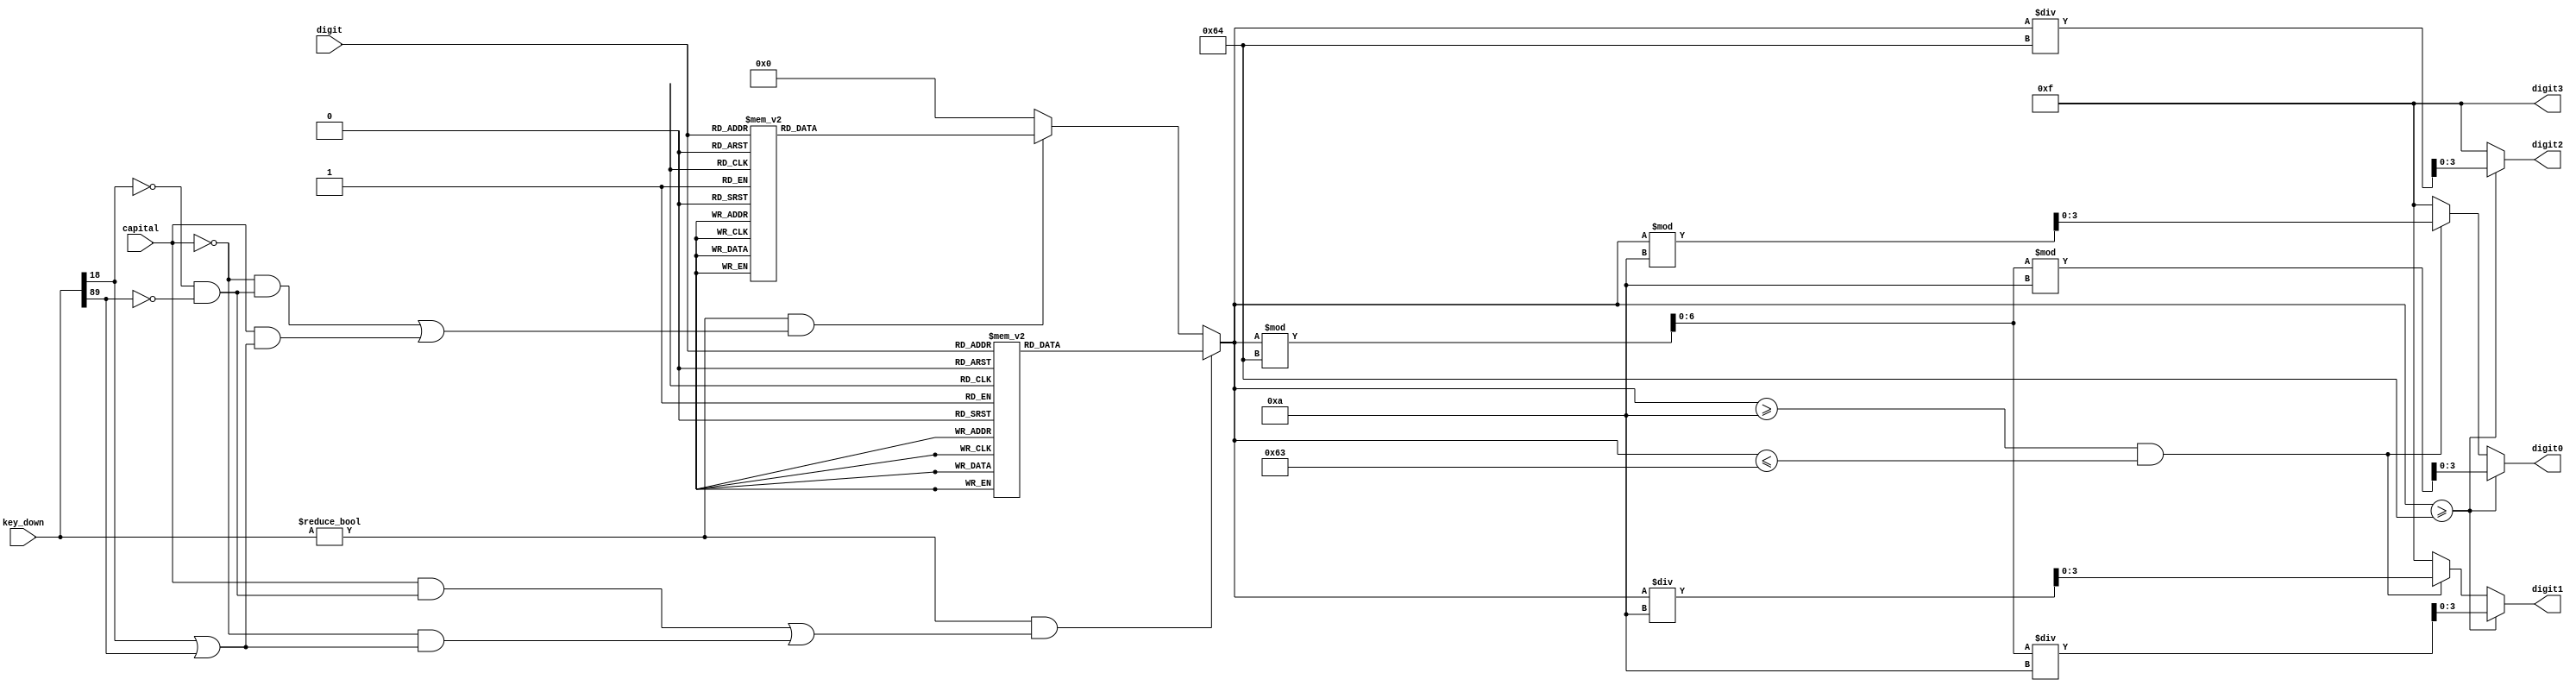
module MUX(
    digit0,
    digit1,
    digit2,
    digit3,
    digit,
    key_down,
    capital
);
output [3:0] digit0, digit1, digit2, digit3;
input [4:0] digit;
input [511:0] key_down;
input capital;
reg [3:0] digit0, digit1, digit2, digit3;
reg [6:0] value, val_cal;

always@*
    if (key_down != 0 && (capital && (~key_down[18] && ~key_down[89]) || ~capital && (key_down[18] || key_down[89])))   //capital case
    begin
        case(digit)
            5'd0:  value=7'd65;
            5'd1:  value=7'd66;
            5'd2:  value=7'd67;
            5'd3:  value=7'd68;
            5'd4:  value=7'd69;
            5'd5:  value=7'd70;
            5'd6:  value=7'd71;
            5'd7:  value=7'd72;
            5'd8:  value=7'd73;
            5'd9:  value=7'd74;
            5'd10: value=7'd75;
            5'd11: value=7'd76;
            5'd12: value=7'd77;
            5'd13: value=7'd78;
            5'd14: value=7'd79;
            5'd15: value=7'd80;
            5'd16: value=7'd81;
            5'd17: value=7'd82;
            5'd18: value=7'd83;
            5'd19: value=7'd84;
            5'd20: value=7'd85;
            5'd21: value=7'd86;
            5'd22: value=7'd87;
            5'd23: value=7'd88;
            5'd24: value=7'd89;
            5'd25: value=7'd90;
            default: value=7'd0;
        endcase
    end
    else if (key_down != 0 && (~capital && (~key_down[18] && ~key_down[89]) || capital && (key_down[18] || key_down[89])))  //lower case
    begin
        case(digit)
            5'd0:  value=7'd97;
            5'd1:  value=7'd98;
            5'd2:  value=7'd99;
            5'd3:  value=7'd100;
            5'd4:  value=7'd101;
            5'd5:  value=7'd102;
            5'd6:  value=7'd103;
            5'd7:  value=7'd104;
            5'd8:  value=7'd105;
            5'd9:  value=7'd106;
            5'd10: value=7'd107;
            5'd11: value=7'd108;
            5'd12: value=7'd109;
            5'd13: value=7'd110;
            5'd14: value=7'd111;
            5'd15: value=7'd112;
            5'd16: value=7'd113;
            5'd17: value=7'd114;
            5'd18: value=7'd115;
            5'd19: value=7'd116;
            5'd20: value=7'd117;
            5'd21: value=7'd118;
            5'd22: value=7'd119;
            5'd23: value=7'd120;
            5'd24: value=7'd121;
            5'd25: value=7'd122;
            default: value=7'd0;
        endcase
    end
    else
        value=1'd0; //default value

always@*
    if (value >= 7'd100)
    begin
        digit3 = 4'b1111;
        digit2 = value / 100;
        val_cal = value % 100;
        digit1 = val_cal / 10;
        digit0 = val_cal % 10;
    end
    else if (value >= 7'd10 && value <= 7'd99)
    begin 
        digit3 = 4'b1111;
        digit2 = 4'b1111;
        digit1 = value / 10;
        digit0 = value % 10;
    end
    else    //value = 7'd0
    begin
        digit3 = 4'b1111;
        digit2 = 4'b1111;
        digit1 = 4'b1111;
        digit0 = 4'b1111;
    end
    

endmodule